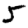
Digit: 5